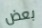
بعض